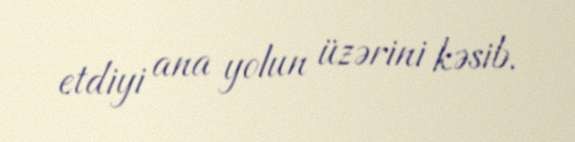
etdiyi ana yolun üzərini kəsib.